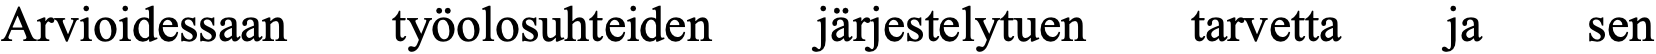
Arvioidessaan työolosuhteiden järjestelytuen tarvetta ja sen